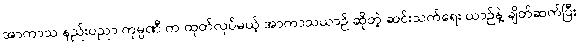
အာကာသ နည်းပညာ ကုမ္ပဏီ က ထုတ်လုပ်မယ့် အာကာသယာဉ် ဆိုတဲ့ ဆင်းသက်ရေး ယာဉ်နဲ့ ချိတ်ဆက်ပြီး